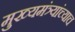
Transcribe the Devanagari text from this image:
मुख्यमंत्र्यांच्याच